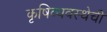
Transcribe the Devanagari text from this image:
कृषिव्यवस्थेची